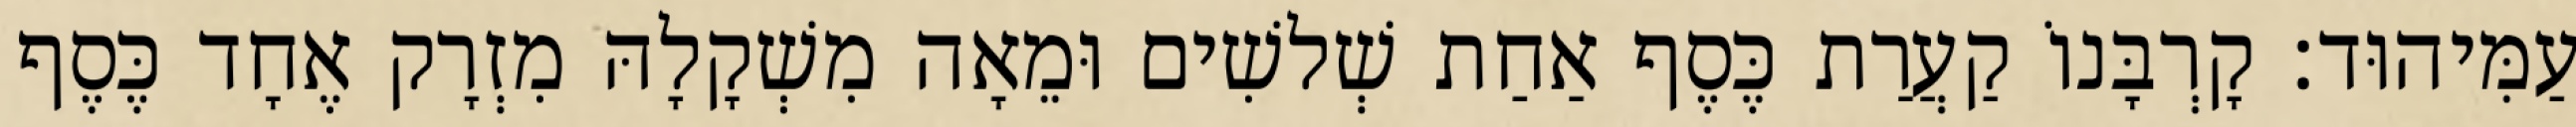
עַמִּיהוּד׃ קָרְבָּנוֹ קַעֲרַת כֶּסֶף אַחַת שְׁלשִׁים וּמֵאָה מִשְׁקָלָהּ מִזְרָק אֶחָד כֶּסֶף